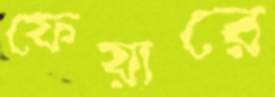
ফেয়ারে